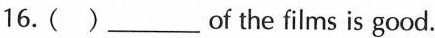
16.( )___of the films is good.